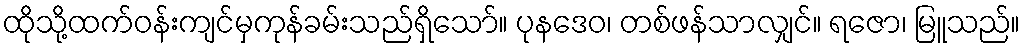
ထိုသို့ထက်ဝန်းကျင်မှကုန်ခမ်းသည်ရှိသော်။ ပုနဒေဝ၊ တစ်ဖန်သာလျှင်။ ရဇော၊ မြူသည်။